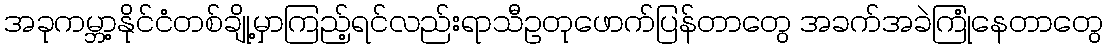
အခုကမ္ဘာ့နိုင်ငံတစ်ချို့မှာကြည့်ရင်လည်းရာသီဥတုဖောက်ပြန်တာတွေ အခက်အခဲကြုံနေတာတွေ